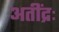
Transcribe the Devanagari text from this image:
अतींद्रः